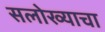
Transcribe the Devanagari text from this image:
सलोख्याचा